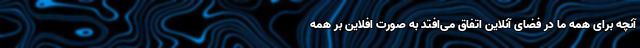
آنچه برای همه ما در فضای آنلاین اتفاق می‌افتد به صورت افلاین بر همه